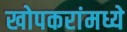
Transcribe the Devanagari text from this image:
खोपकरांमध्ये